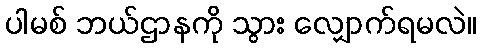
ပါမစ် ဘယ်ဌာနကို သွား လျှောက်ရမလဲ။